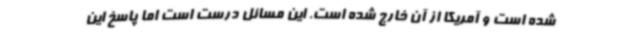
شده است و آمریکا از آن خارج شده است. این مسائل درست است اما پاسخ این